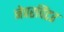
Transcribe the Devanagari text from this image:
नेवरविंटर